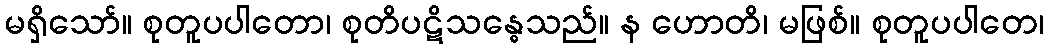
မရှိသော်။ စုတူပပါတော၊ စုတိပဋိသန္ဓေသည်။ န ဟောတိ၊ မဖြစ်။ စုတူပပါတေ၊